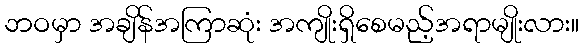
ဘဝမှာ အချိန်အကြာဆုံး အကျိုးရှိစေမည့်အရာမျိုးလား။